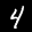
Label: 4